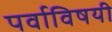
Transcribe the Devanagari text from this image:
पर्वाविषयी